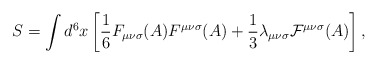
\begin{align*}S=\int d^{6}x\left[{\frac 1 6}F_{{\mu}{\nu}{\sigma}}(A)F^{{\mu}{\nu}{\sigma}}(A)+{\frac 1 3}{\lambda}_{{\mu}{\nu}{\sigma}}{\cal F}^{{\mu}{\nu}{\sigma}}(A)\right],\end{align*}